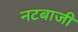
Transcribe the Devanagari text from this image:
नटबाजी